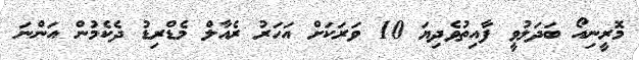
މޮރީނިއޯ ބަދަލުވީ ފާއިތުވެދިޔަ 10 ވަރަކަށް އަހަރު ރެއާލް މެޑްރިޑު ދެކެމުން އަންނަ